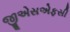
જીએસએફસી